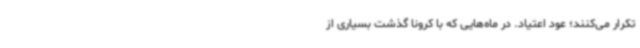
تکرار می‌کنند؛ عود اعتیاد. در ماه‌هایی که با کرونا گذشت بسیاری از